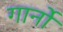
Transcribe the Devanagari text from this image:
गार्नो